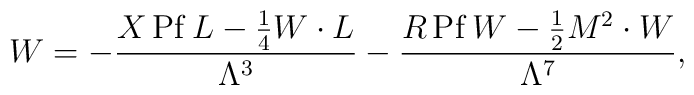
W=-{X{\,\rm Pf\,}L-\frac14 W\cdot L\over\Lambda^3}-{R{\,\rm Pf\,}W-\frac12 M^2\cdot W\over\Lambda^7},